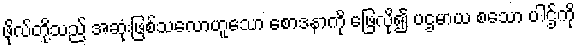
ဖိုလ်တို့သည် အဆုံးဖြစ်သလောဟူသော စောဒနာကို ဖြေလို၍ ပဌမာယ စသော ပါဌ်ကို